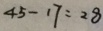
4 5 - 1 7 = 2 8